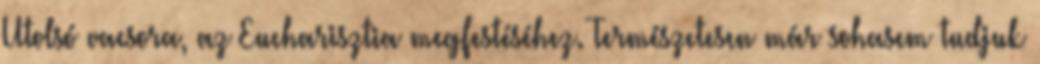
Utolsó vacsora, az Eucharisztia megfestéséhez. Ter­mé­sze­te­sen már sohasem tudjuk